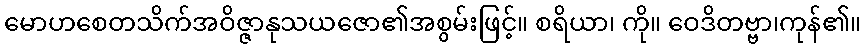
မောဟစေတသိက်အဝိဇ္ဇာနုသယဇော၏အစွမ်းဖြင့်။ စရိယာ၊ ကို။ ဝေဒိတဗ္ဗာ၊ကုန်၏။